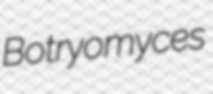
Botryomyces